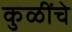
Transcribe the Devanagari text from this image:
कुळींचे